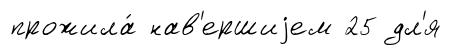
прожила́ нав'ершиjем 25 дл'я